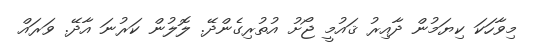
މިވާހަކަ ކިޔަމުން ދާއިރު ޤައުމީ ޖޯށު އުތުރިގެންދޭ. ލޮލުން ކަރުނަ އާދޭ. ވަރައް